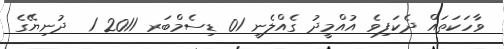
ވާހަކަތައް ދެކަފިވެ އުއްމީދު ގެއްލެނީ 01 ޑިސެމްބަރ 2011 1  ދުނިޔޭގެ